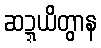
ဆဍ္ဍယိတွာန